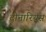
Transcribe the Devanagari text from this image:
दीनारियस